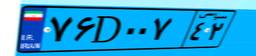
۷۶D۰۰۷۴۲